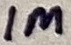
Text: 1M